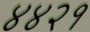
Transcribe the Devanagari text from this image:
४४२१